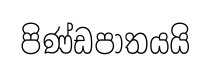
පිණ්ඩපාතයයි